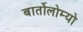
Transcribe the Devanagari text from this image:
बार्तोलोम्यो